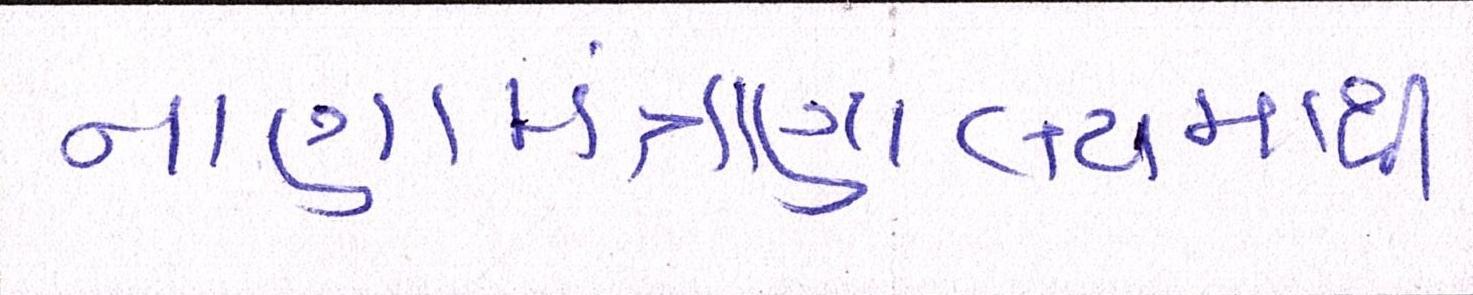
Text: નાણામંત્રાલયમાંથી